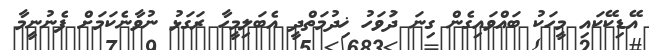
އޭޑިކޭކައި މީހަކު ބައްވައިގެން ގިނަ ދުަވަހު ޚިދުމަތްދީ އެބަލިމީހާ ރަގަޅު ނުވާނެކަމަށް ފެނުނީމާ